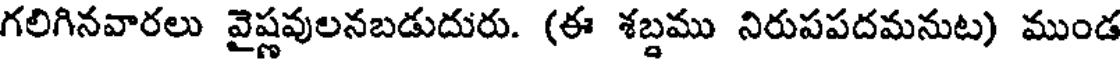
గలిగినవారలు వైష్ణవులనబడుదురు. (ఈ శబ్దము నిరుపపదమనుట) ముండ